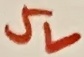
Text: 5V